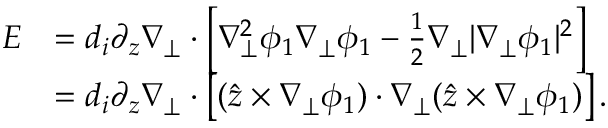
\begin{array} { r l } { E } & { = d _ { i } \partial _ { z } \nabla _ { \perp } \cdot \left[ \nabla _ { \perp } ^ { 2 } \phi _ { 1 } \nabla _ { \perp } \phi _ { 1 } - \frac { 1 } { 2 } \nabla _ { \perp } | \nabla _ { \perp } \phi _ { 1 } | ^ { 2 } \right] } \\ & { = d _ { i } \partial _ { z } \nabla _ { \perp } \cdot \left[ ( \hat { \boldsymbol { z } } \times \nabla _ { \perp } \phi _ { 1 } ) \cdot \nabla _ { \perp } ( \hat { \boldsymbol { z } } \times \nabla _ { \perp } \phi _ { 1 } ) \right] . } \end{array}